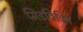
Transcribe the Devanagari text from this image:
मिडविविन